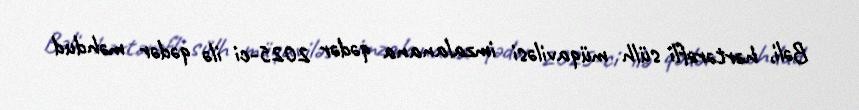
Bəli, hərtərəfli sülh müqaviləsi imzalanana qədər 2025-ci ilə qədər məhdud